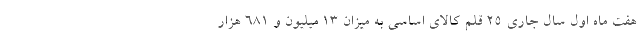
هفت ماه اول سال جاری ۲۵ قلم کالای اساسی به میزان ۱۳ میلیون و ۶۸۱ هزار